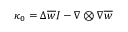
\boldsymbol { { \kappa } } _ { 0 } = \Delta \overline { { w } } \boldsymbol { { I } } - \nabla \otimes \nabla \overline { { w } }